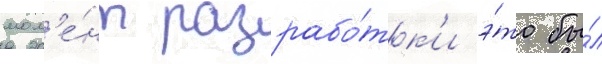
мом'е́нт разрабо́тк'и э́то бы́л